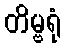
တိမ္ဗရုံ